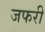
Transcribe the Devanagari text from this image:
जफरी